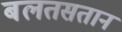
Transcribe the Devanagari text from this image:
बलतसतान